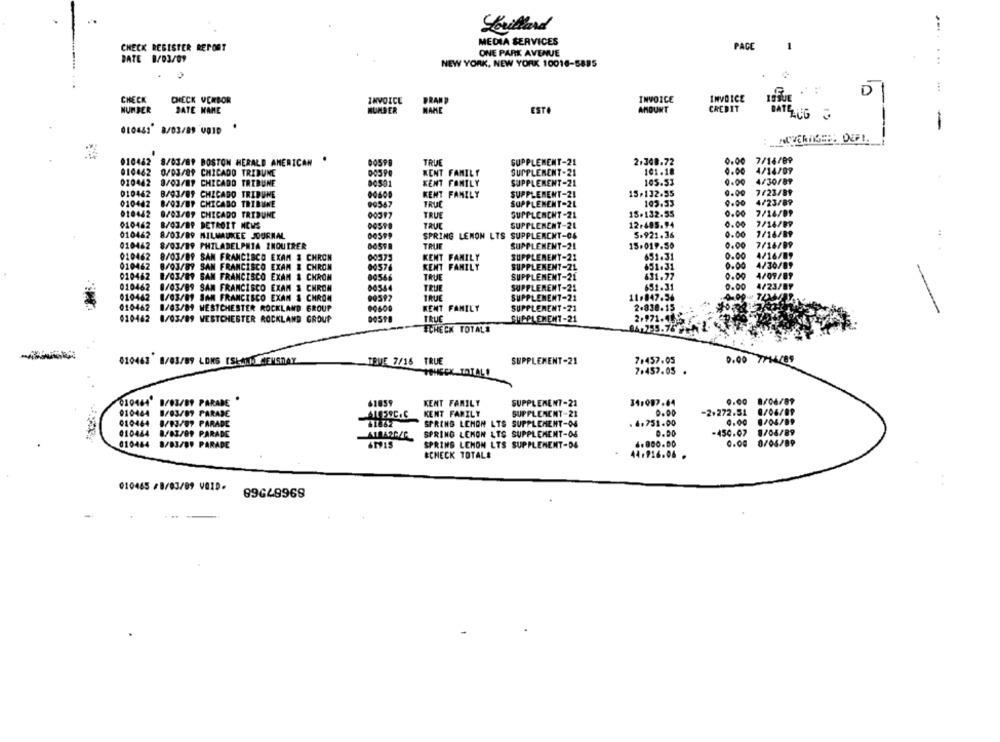
Couillard
MEDIA SERVICES
PAGE
CHECK REGISTER REPORT
ONE PARK AVENUE
DATE 8/03/09
NEW YORK, NEW YORK 10016-5885
...
D
INVOICE
CHECK
CHECK VERBOR
INVOICE
BRAND
INVOICE
NUMBER
DATE NAME
NUMBER
MAKE
ESTO
AMOUNT
CREDIT
DATELUGO
010461 8/03/89 0010
010442 8/03/89 BOSTON HERALD AMERICAN
TRUE
SUPPLEMENT-21
2.348.72
0.00
7/14/89
KENT FAMILY
SUPPLEMENT-21
101.18
0.00
4/14/09
010462 0/03/89 CHICADO TRIBUNE
010442
8/03/89 CHICADO TRIBUNE
00531
KENT FAMILY
SUPPLEMENT-21
105.53
0.00
4/30/89
010462
8/03/09 CHICAGO TRIBUNE
KENT FAMILY
SUPPLEMENT-21
15.132.55
0.00
7/23/89
4/23/89
010442
8/03/BF CHICAGO TRIBUNE
99567
TRUC
SUPPLEMENT-2L
103.33
9.00
010442
8/03/89 CHICADO TRIBUNE
00397
TRUE
SUPPLEMENT-21
18.132.55
0.00
7/16/09
0.00
7/14/BY
010462
8/03/BP DETROIT NEWS
TRUE
SUPPLEMENT-21
12.485.94
010462
8/03/89 MILWAUKEE JOURNAL
SPRING LENON LTS SUPPLEMENT-06
5.921.36
0.00
7/16/BP
010462 8/03/89 PHILADELPHIA INQUIRER
TRUE
SUPPLEMENT-21
15.019.50
0.00
7/16/89
010462
8/03/09 SAN FRANCISCO EXAM & CHRON
KENT FAMILY
SUPPLEMENT-22
651.31
0.00
4/16/89
010462
8/03/89 SAN FRANCISCO EXAM & CHRON
00576
KENT FAMILY
SUPPLEMENT-21
651.31
0.00
4/30/89
010462
SUPPLEMENT-21
631.77
4/09/09
8/03/89 SAN FRANCISCO EXAM & CHRON
TRUE
0.00
010462
8/03/89 SAN FRANCISCO EXAM & CHRON
00544
TRUE
SUPPLEMENT-21
651-31
0.00
4/23/87
010442
8/03/89 SAN FRANCISCO EXAM & CHROM
90397
TRUE
SUPPLEMENT-21
11.847.36
010462
8/03/89 WESTCHESTER ROCKLAND GROUP
00.00
KENT FAMILY
SUPPLEMENT -21
2.838.15
010462 8/03/89 WESTCHESTER ROCKLAND GROUP
DOSTO
TRUE
SUPPLEMENT-21
2.971.409
ECHECK TOTALE
010463 8/03/89 LONS ISKANA MENSRAY
IBUE 7/16 TRUE
SUPPLEMENT-21
7.457.05
0.00 7/14/89
TOHECK TOTAL !
7.457.05 .
0.00 8/04/89
010464' 8/03/B9 PARADE
61859
KENT FAMILY
SUPPLEMENT-21
341087.64
010444 8/03/07 PARADE
ALESSC. C
KENT FAMILY
SUPPLEACHT-21
0.00
-2+272.51
9/06/89
010464 8/13/87 PARADE
SPRING LEHON LTS SUPPLEMENT-OS
. 4.751.00
0.00
9/04/89
8/08/89
010444 8/83/89 PARADE
SPRING LEMON LTS SUPPLEMENT-OS
0.00
-450.07
010464 8/83/89 PARADE
6MOIS
SPRING LENON LTS SUPPLEMENT-04
4.800.00
0.00 8/05/89
&CHECK TOTALE
44.916.06
010465 /8/03/89 0010.
89648968